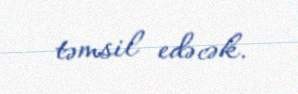
təmsil edəcək.